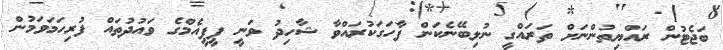
ބަޖެޓުން ރައްޔިތުންނަށް ތަރައްގީ ނުލިބޭނެކަން ފާހަގަކުރައްވާ ޝާހިދު ވަނީ ޕީޕީއެމްގެ ވައުދުތައް ފުރިހަމަވަމުން